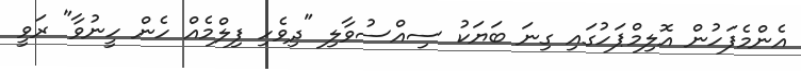
އެންމެފަހުން އޮލިމްޕަހުގައި ގިނަ ބަޔަކު ސިއްސުވާލި "ދިވެހި ފިލްމެއް ހެން ހީނުވާ" ރަވީ